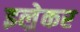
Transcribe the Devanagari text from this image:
इल्रेकर